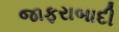
જાફરાબાદી